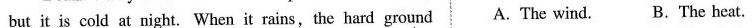
but it is cold at night. When it rains,the hard ground A. The wind. B.The heat.